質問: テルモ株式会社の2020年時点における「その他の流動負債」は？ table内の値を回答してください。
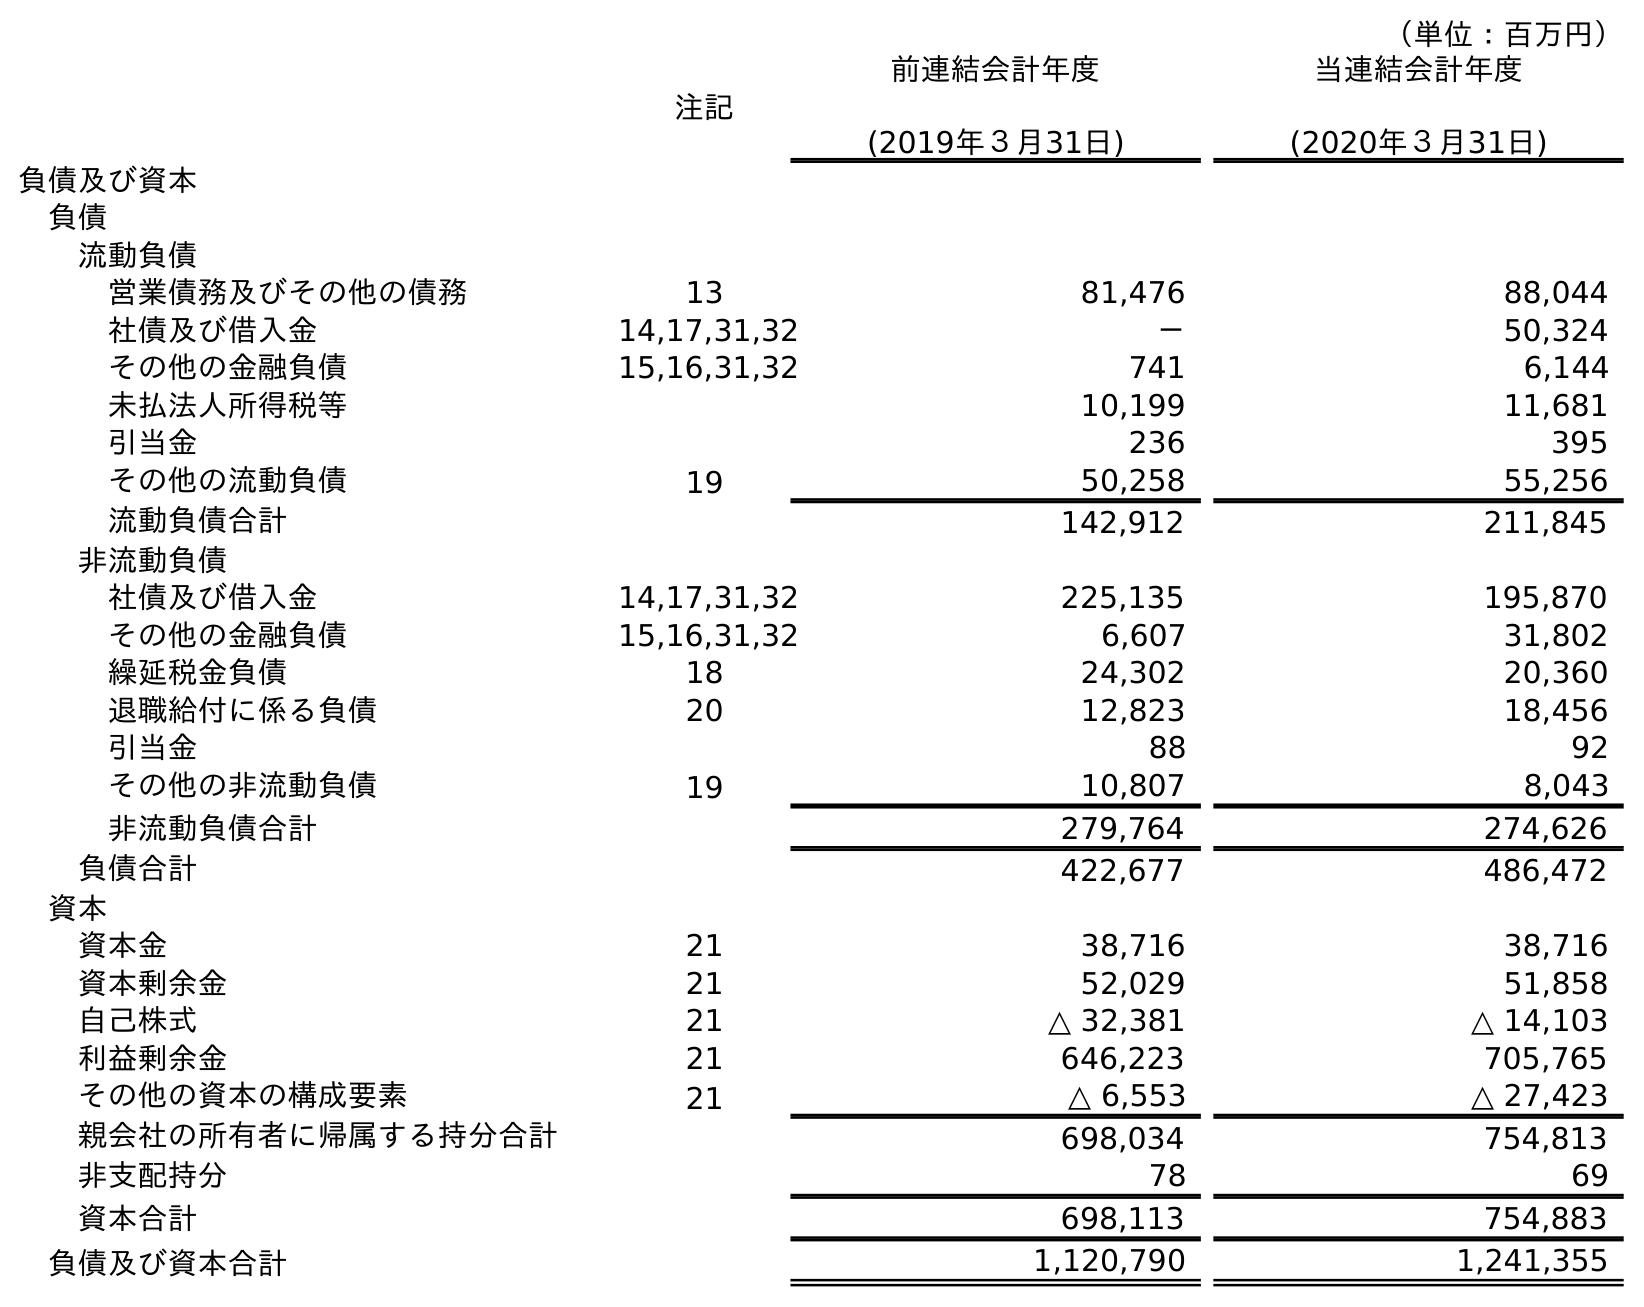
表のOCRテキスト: （単位：百万円） 注記 前連結会計年度 (2019年３月31日) 当連結会計年度 (2020年３月31日) 負債及び資本 負債 流動負債 営業債務及びその他の債務 13 81,476 88,044 社債及び借入金 14,17,31,32 － 50,324 その他の金融負債 15,16,31,32 741 6,144 未払法人所得税等 10,199 11,681 引当金 236 395 その他の流動負債 19 50,258 55,256 流動負債合計 142,912 211,845 非流動負債 社債及び借入金 14,17,31,32 225,135 195,870 その他の金融負債 15,16,31,32 6,607 31,802 繰延税金負債 18 24,302 20,360 退職給付に係る負債 20 12,823 18,456 引当金 88 92 その他の非流動負債 19 10,807 8,043 非流動負債合計 279,764 274,626 負債合計 422,677 486,472 資本 資本金 21 38,716 38,716 資本剰余金 21 52,029 51,858 自己株式 21 △ 32,381 △ 14,103 利益剰余金 21 646,223 705,765 その他の資本の構成要素 21 △ 6,553 △ 27,423 親会社の所有者に帰属する持分合計 698,034 754,813 非支配持分 78 69 資本合計 698,113 754,883 負債及び資本合計 1,120,790 1,241,355
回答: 55,256